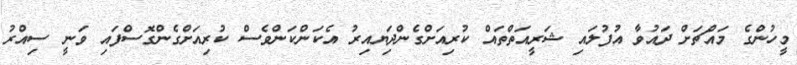
މީހުންގެ މައްޗަށް ދައުވާ އުފުލައި ޝަރީއަތްތައް ކުރިއަށްގެންދިަޔއިރު އެކަންކަންވެސް ކުރިއަށްގެންގޮސްފައި ވަނީ ސިއްރު